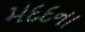
મદદના